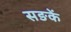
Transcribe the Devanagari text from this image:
सङकें